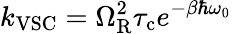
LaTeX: k_{\mathrm{VSC}}=\Omega_{\mathrm{R}}^{2}\tau_{\mathrm{c}}e^{-\beta\hbar\omega_{0}}